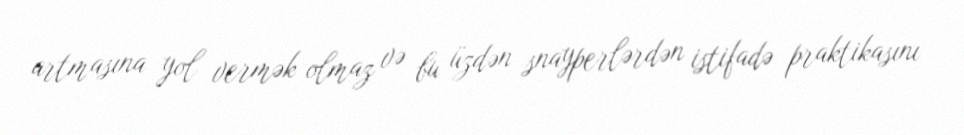
artmasına yol vermək olmaz və bu üzdən snayperlərdən istifadə praktikasını